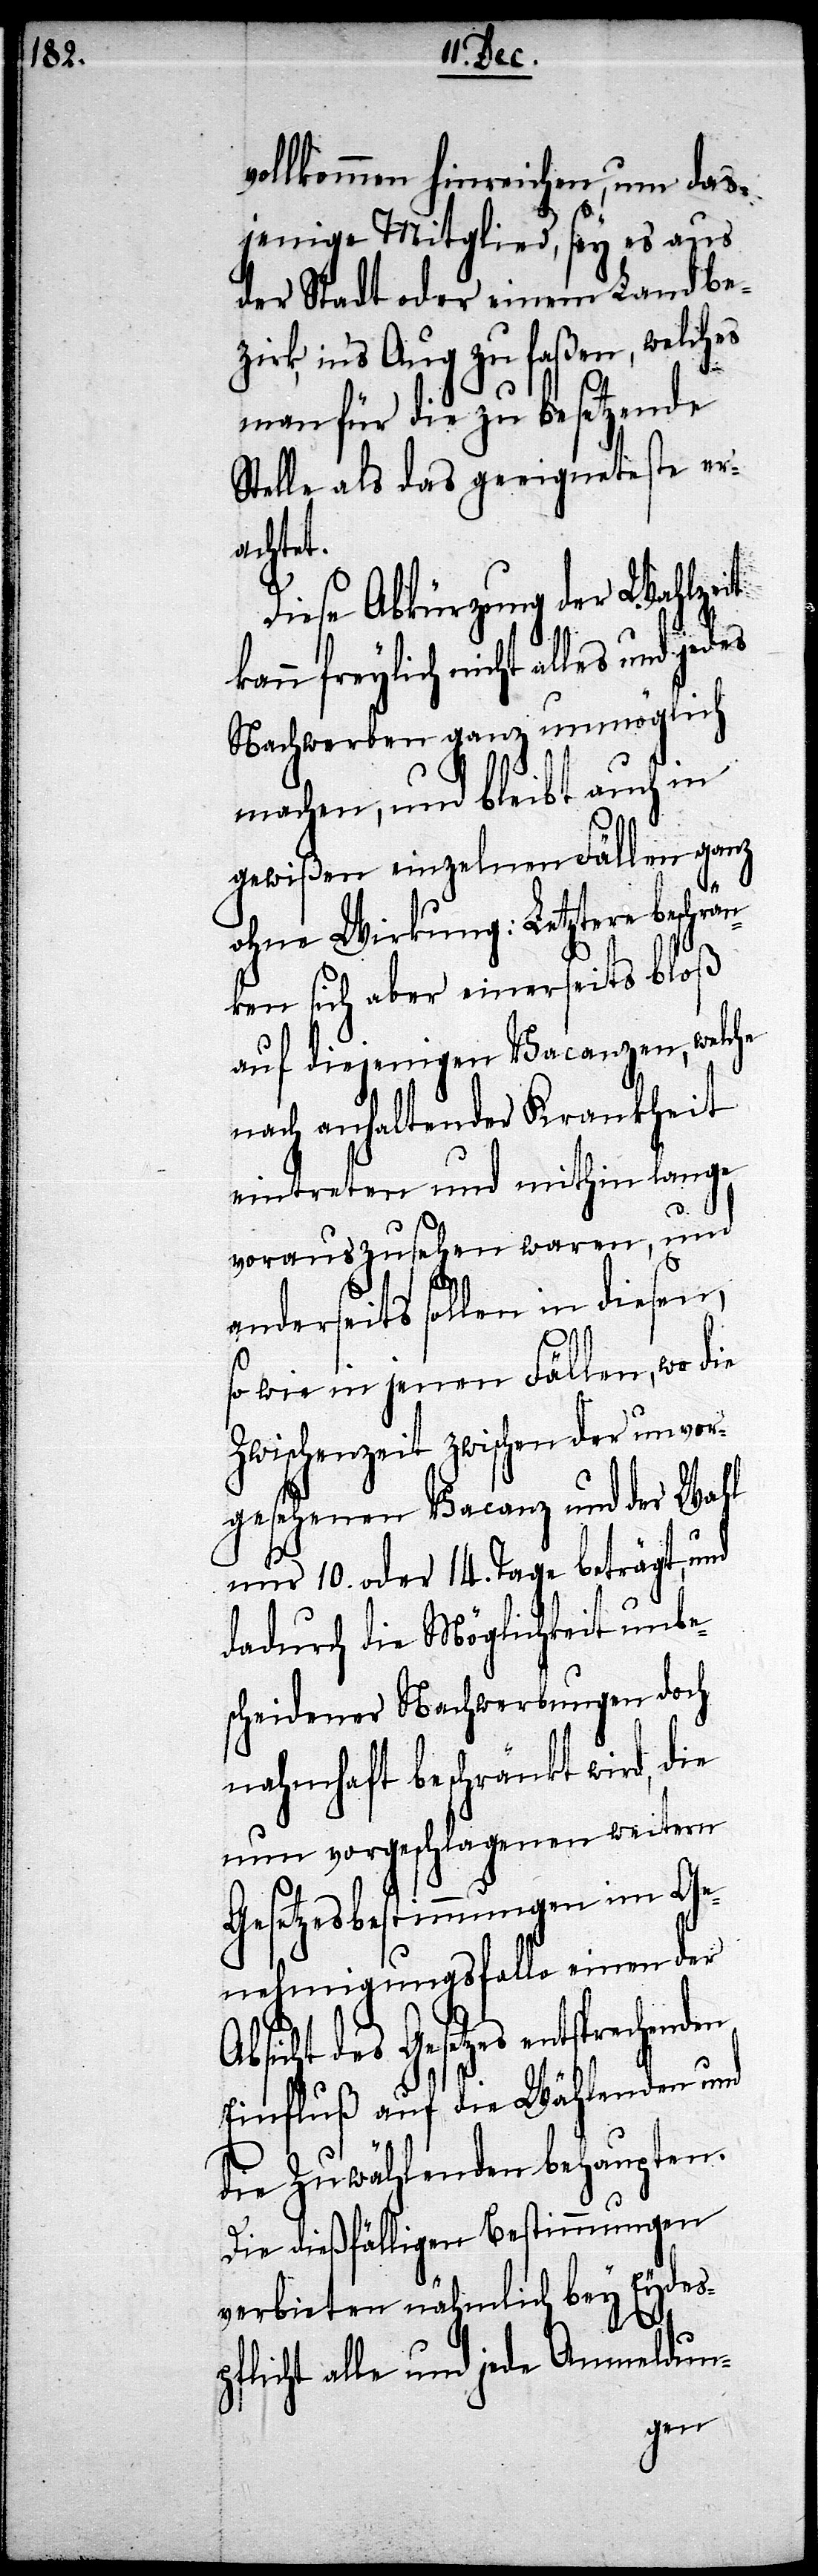
vollkommen hinreichen, um das¬
jenige Mitglied, sey es aus
der Stadt oder einem Landbezi¬
rk, in’s Aug zu faßen, welches
man für die zu besetzende
Stelle als das geeigneteste er¬
achtet.
Diese Abkürzung der Wahlzeit
kann freylich nicht alles und jedes
Nachwerben ganz unmöglich
machen, und bleibt auch in
gewißen einzelnen Fällen ganz
ohne Wirkung: Letztere beschrä¬
nken sich aber einerseits bloß
auf diejenigen Vacanzen, welche
nach anhaltender Krankheit
eintreten und mithin lange
vorauszusehen waren, und
anderseits sollen in diesen,
so wie in jenen Fällen, wo die
Zwischenzeit zwischen der unvor¬
gesehenen Vacanz und der Wahl
nur 10. oder 14. Tage beträgt, und
dadurch die Möglichkeit unbe¬
scheidener Nachwerbungen doch
nahmhaft beschränkt wird, die
nun vorgeschlagenen weitern
Gesetzesbestimmungen im Ge¬
nehmigungsfalle einen der
Absicht des Gesetzes entsprechenden
Einfluß auf die Wählenden und
die Zuwählenden behaupten.
Die dießfälligen Bestimmungen
verbieten nämlich bey Eydes¬
pflicht alle und jede Anmeldun-